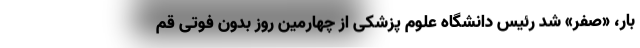
بار، «صفر» شد رئیس دانشگاه علوم پزشکی از چهارمین روز بدون فوتی قم